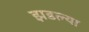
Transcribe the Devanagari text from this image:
झडल्या